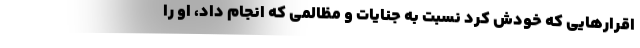
اقرارهایی که خودش کرد نسبت به جنایات و مظالمی که انجام داد، او را